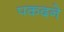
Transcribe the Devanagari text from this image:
पकदने